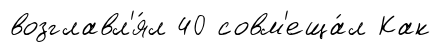
возглавл'я́л 40 совм'еща́л Как